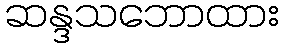
ဆန္ဒသဘောထား